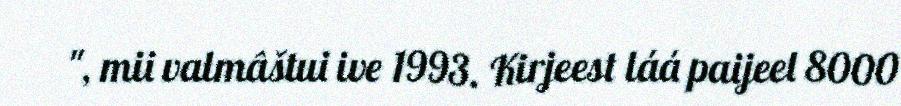
", mii valmâštui ive 1993. Kirjeest láá paijeel 8000